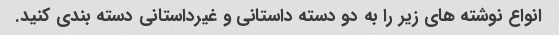
انواع نوشته های زیر را به دو دسته داستانی و غیرداستانی دسته بندی کنید.